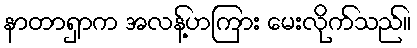
နာတာရှာက အလန့်ဟကြား မေးလိုက်သည်။